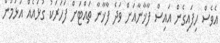
އެވެސް ހިފައިގެން އައިސް ފާޚާނާއަށް ވަދެ ފާޚާނާ ތައްޓަށް ފަހަރަކު ގުޅައެއް އަޅަމުން